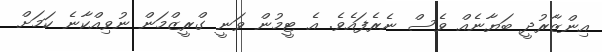
އިންޒާރުދީ ބަޔާނެއް ވެސް ނެރެފައެވެ. އެ ޓީމުން ވަނީ ގްރީޒްމަން ނުވިއްކާނެ ކަމަށް